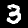
Digit: 3